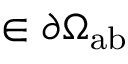
\r \in \partial \Omega _ { \mathrm { { a b } } }